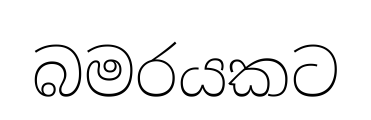
බමරයකට